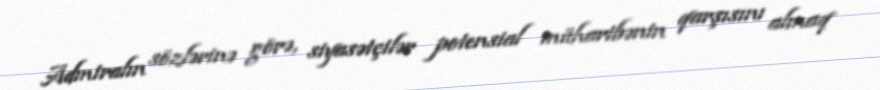
Admiralın sözlərinə görə, siyasətçilər potensial müharibənin qarşısını almaq